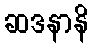
ဆဒနာနိ